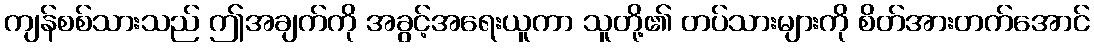
ကျန်စစ်သားသည် ဤအချက်ကို အခွင့်အရေးယူကာ သူတို့၏ တပ်သားများကို စိတ်အားတက်အောင်